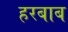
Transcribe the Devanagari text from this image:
हरबाब